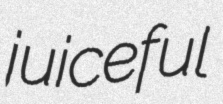
juiceful